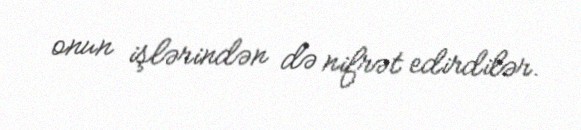
onun işlərindən də nifrət edirdilər.